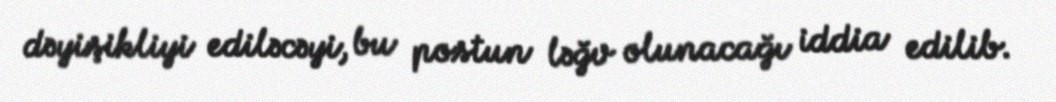
dəyişikliyi ediləcəyi, bu postun ləğv olunacağı iddia edilib.